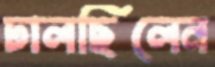
ঢালছিলেন